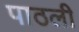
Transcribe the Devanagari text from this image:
पाठली